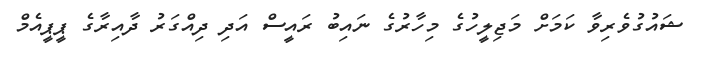
ޝައުގުވެރިވާ ކަމަށް މަޖިލީހުގެ މިހާރުގެ ނައިބު ރައީސް އަދި ދިއްގަރު ދާއިރާގެ ޕީޕީއެމް